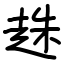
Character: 趎